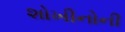
શોખીનોની